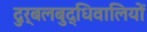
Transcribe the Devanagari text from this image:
दुर्बलबुद्धिवालियों